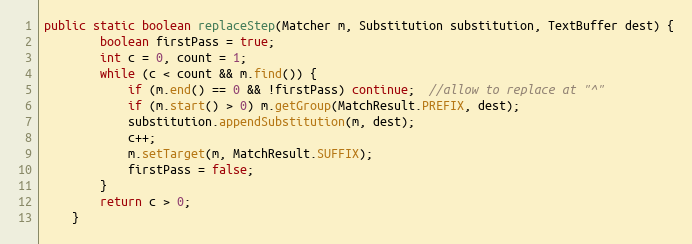
Language: Java
public static boolean replaceStep(Matcher m, Substitution substitution, TextBuffer dest) {
        boolean firstPass = true;
        int c = 0, count = 1;
        while (c < count && m.find()) {
            if (m.end() == 0 && !firstPass) continue;  //allow to replace at "^"
            if (m.start() > 0) m.getGroup(MatchResult.PREFIX, dest);
            substitution.appendSubstitution(m, dest);
            c++;
            m.setTarget(m, MatchResult.SUFFIX);
            firstPass = false;
        }
        return c > 0;
    }